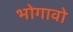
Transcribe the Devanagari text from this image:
भोगावो